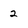
Character: 2